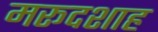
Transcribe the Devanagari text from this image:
मरूदशाह